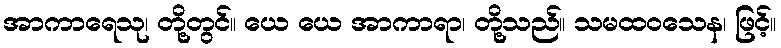
အာကာရေသု၊ တို့တွင်။ ယေ ယေ အာကာရာ၊ တို့သည်။ သမထဝသေန၊ ဖြင့်။